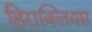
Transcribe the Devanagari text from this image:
हिराक्लियस